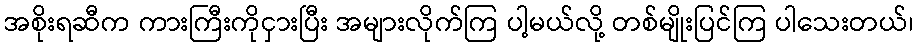
အစိုးရဆီက ကားကြီးကိုငှားပြီး အများလိုက်ကြ ပါ့မယ်လို့ တစ်မျိုးပြင်ကြ ပါသေးတယ်၊